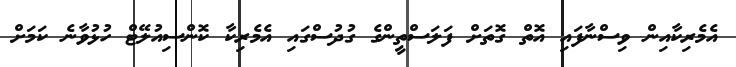
އެމެރިކާއިން ވިސްނާފައި އޮތް ގޮތަށް ފަލަސްތީންގެ ގުދުސްގައި އެމެރިކާ ކޮންސިއުލޭޓް ހުޅުވާނެ ކަމަށް